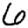
Digit: 6